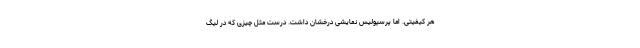
هر کیفیتی. اما پرسپولیس نمایشی درخشان داشت. درست مثل چیزی که در لیگ